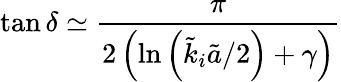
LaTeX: \tan\delta\simeq\frac{\pi}{2\left(\ln\left(\tilde{k}_{i}\tilde{a}/2\right)+\gamma\right)}